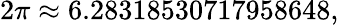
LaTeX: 2\pi\approx 6.28318530717958648,